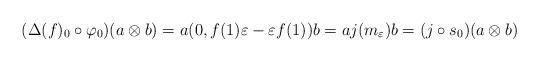
LaTeX: \begin{align*}(\Delta(f)_0 \circ \varphi_0)(a \otimes b) &= a(0, f(1)\varepsilon - \varepsilon f(1))b = a j(m_\varepsilon) b = (j \circ s_0)(a \otimes b)\end{align*}